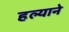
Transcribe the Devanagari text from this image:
हल्याने